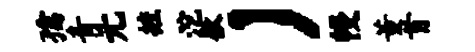
孺青元摭沱歇）幔董首